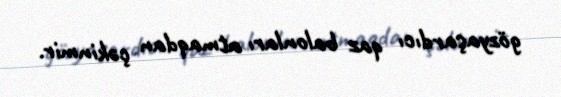
gözyaşardıcı qaz balonları atmaqdan çəkinmir.